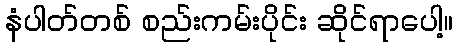
နံပါတ်တစ် စည်းကမ်းပိုင်း ဆိုင်ရာပေါ့။